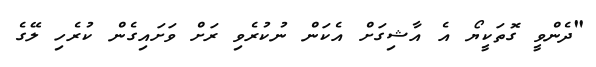
"ދެންވީ ގޮތަކީޔޯ އެ އާޝިގަށް އެކަން ނުކުރެވި ރަށް ވަށައިގެން ކުރެހި ލޭގެ